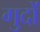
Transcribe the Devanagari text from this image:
गुदों